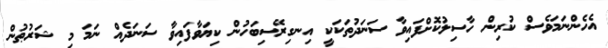
އެހެންނަމަވެސް ކުރިން ހާސިލުކޮށްފައިވާ ސަނަދުތަކަކީ އިނގިރޭސިބަހުން ކިޔަވާފައިވާ ސަނަދެއް ނަމަ މި ޝަރުޠުން